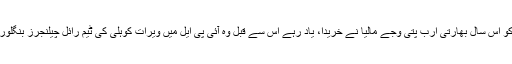
شعیب ملک بارباڈوس ٹریڈنٹ کے لیے کھیلیں گے جس کو اس سال بھارتی ارب پتی وجے مالیا نے خریدا، یاد رہے اس سے قبل وہ آئی پی ایل میں ویرات کوہلی کی ٹیم رائل چیلنجرز بنگلور کی ٹیم کے مالک تھے اور تاحال اس کے سرپرست ہیں۔